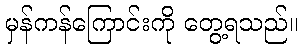
မှန်ကန်ကြောင်းကို တွေ့ရသည်။